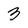
Character: 3